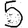
Digit: 5